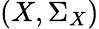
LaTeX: \left(X,\Sigma_{X}\right)